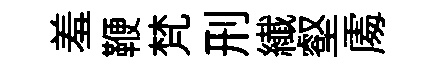
羞鞭梵刑纎壑𠁅